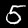
Label: 5